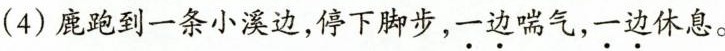
(4)鹿跑到一条小溪边，停下脚步，一边喘气，一边休息。